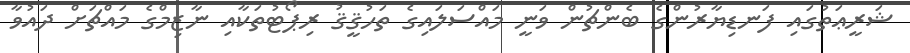
ޝަރީޢަތުގައި ފަނޑިޔާރުންގެ ބެންޗުން ވަނީ މައްސަލައިގެ ތަހުޤީޤު ރިޕޯޓުތަކާއި ނާޒިމްގެ މައްޗަށް ދައުވާ